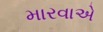
મારવાએ